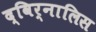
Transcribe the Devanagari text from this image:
द्विर्नालिस